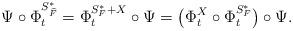
LaTeX: \begin{align*}\Psi\circ \Phi_t^{S_{\widehat{F}}^*} = \Phi_t^{S_F^*+X}\circ\Psi = \bigl(\Phi_t^X\circ\Phi^{S_F^*}_t\bigr)\circ \Psi .\end{align*}